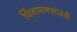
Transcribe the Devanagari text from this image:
चिंतामणशास्त्री